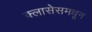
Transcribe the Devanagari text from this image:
क्लासेसमधून